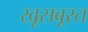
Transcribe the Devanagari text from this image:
खूसबूरत